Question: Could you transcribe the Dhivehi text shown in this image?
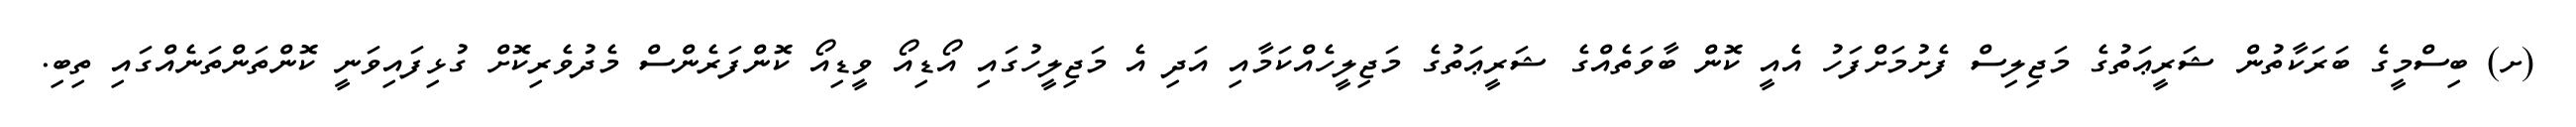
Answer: (ށ) ބިސްމީގެ ބަރަކާތުން ޝަރީޢަތުގެ މަޖިލިސް ފެށުމަށްފަހު އެއީ ކޮން ބާވަތެއްގެ ޝަރީޢަތުގެ މަޖިލީހެއްކަމާއި އަދި އެ މަޖިލީހުގައި އޯޑިއޯ ވީޑިއޯ ކޮންފަރެންސް މެދުވެރިކޮށް ގުޅިފައިވަނީ ކޮންތަންތަނެއްގައި ތިބި.